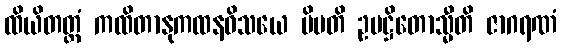
ထိယိတတ္တံ ကထိတာနုကထနဝိသယေ ပိဗတိ ဥပဋ္ဌိတောသ္မီတိ ဇာဂရဏံ